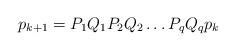
LaTeX: \begin{align*}p_{k+1}=P_1 Q_1 P_2 Q_2 \ldots P_q Q_q p_k\end{align*}